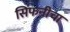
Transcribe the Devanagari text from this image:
सिंफनीचा